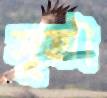
সূত্রই